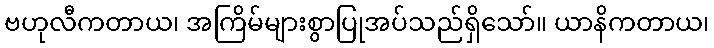
ဗဟုလီကတာယ၊ အကြိမ်များစွာပြုအပ်သည်ရှိသော်။ ယာနိကတာယ၊